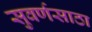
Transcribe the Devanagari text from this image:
सुवर्णसाठा